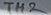
Text: TH2